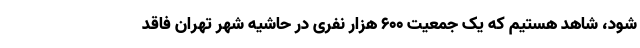
شود، شاهد هستیم که یک جمعیت ۶۰۰ هزار نفری در حاشیه شهر تهران فاقد